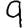
Digit: 9